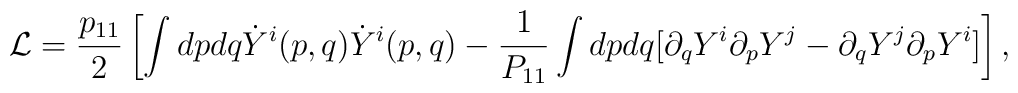
{\cal L} = \frac {p_{11}}{2} \left[ \int dp dq \dot{Y}^{i}(p,q) \dot{Y}^{i}(p,q) - \frac {1}{P_{11}} \int dp dq [ \partial_q Y^{i} \partial_p Y^{j} - \partial_{q} Y^{j} \partial_p Y^{i}] \right],